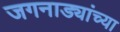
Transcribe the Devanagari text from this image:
जगनाड्यांच्या